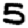
Digit: 5